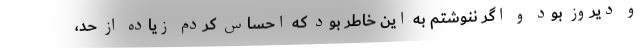
و دیروز بود و اگر ننوشتم به این خاطر بود که احساس کردم زیاده از حد،